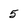
Character: 5